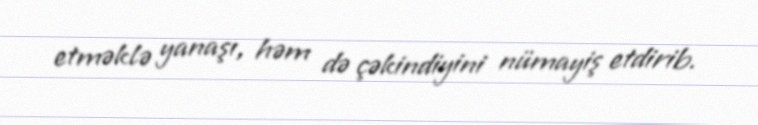
etməklə yanaşı, həm də çəkindiyini nümayiş etdirib.